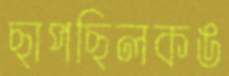
ছাপছিলকঙ